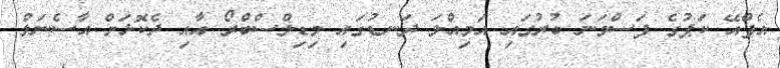
އެފްއޭ ކަޕުގެ ފަސްވަނަ ބުރުގައި އަމިއްލަ ދަނޑުގައި މިޑިލްސްބްރޯ އާއި ދެކޮޅަށް އާސެނަލް